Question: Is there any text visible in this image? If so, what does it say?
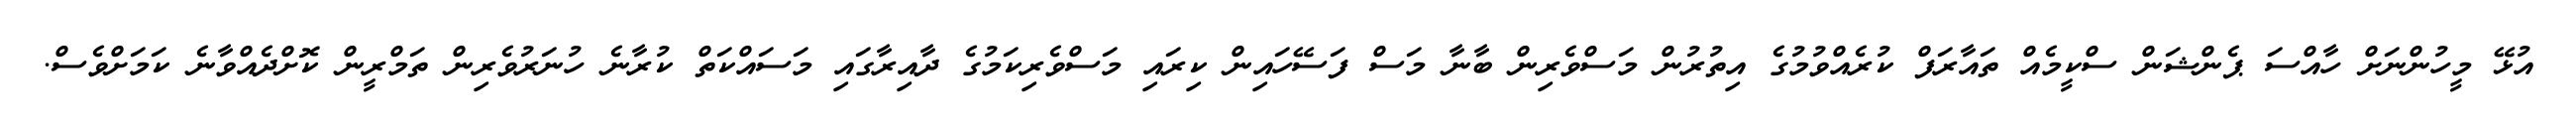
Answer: އުޅޭ މީހުންނަށް ހާއްސަ ޕެންޝަން ސްކީމެއް ތައާރަފް ކުރެއްވުމުގެ އިތުރުން މަސްވެރިން ބާނާ މަސް ފަސޭހައިން ކިރައި މަސްވެރިކަމުގެ ދާއިރާގައި މަސައްކަތް ކުރާނެ ހުނަރުވެރިން ތަމްރީން ކޮށްދެއްވާނެ ކަމަށްވެސް.